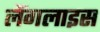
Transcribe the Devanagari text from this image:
लैंगलाइस